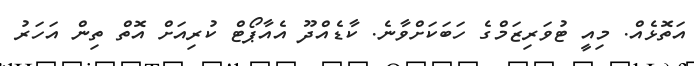
އަތޮޅެއް. މިއީ ޓުވަރިޒަމްގެ ހަބަކަށްވާނެ. ކާޑެއްދޫ އެއާޕޯޓް ކުރިއަށް އޮތް ތިން އަހަރު